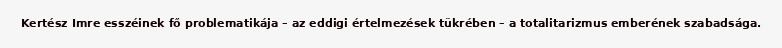
Kertész Imre esszéinek fő problematikája – az eddigi értelmezések tükrében – a totalitarizmus emberének szabadsága.